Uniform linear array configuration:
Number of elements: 24
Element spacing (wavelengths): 0.25
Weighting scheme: exponential
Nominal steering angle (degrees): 45
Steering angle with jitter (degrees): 46.821
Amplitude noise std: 0.05
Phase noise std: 0.05

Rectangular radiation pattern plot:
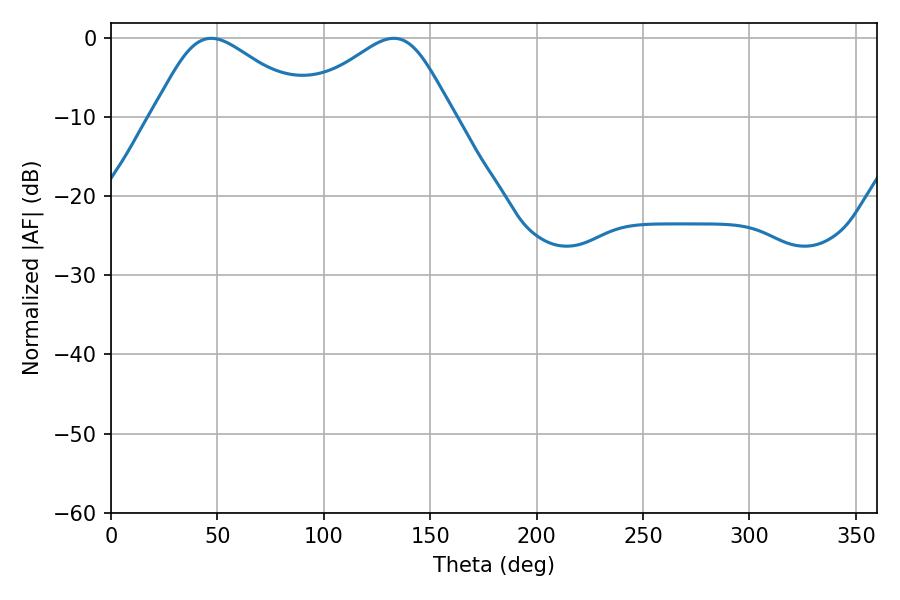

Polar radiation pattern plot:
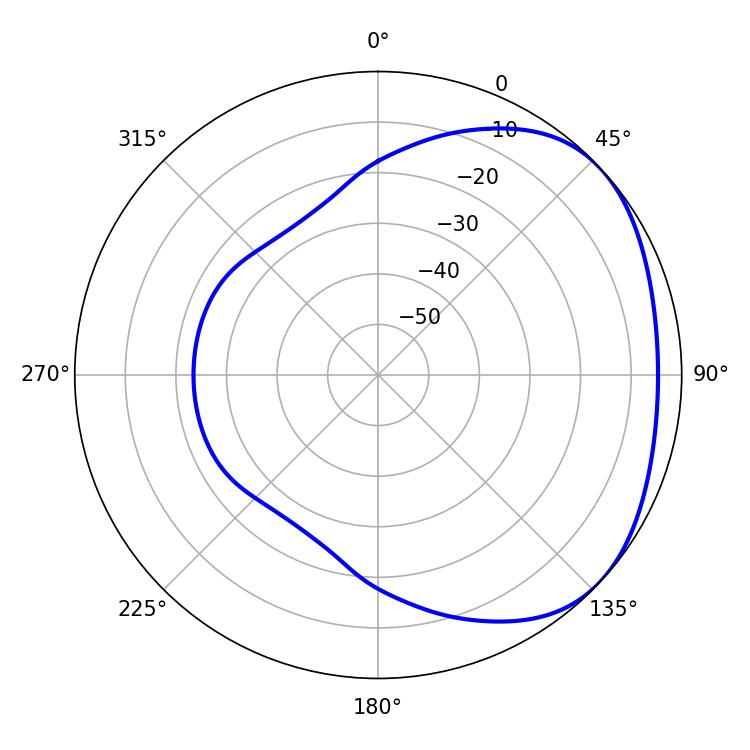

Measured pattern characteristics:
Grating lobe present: FALSE
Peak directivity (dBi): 2.577
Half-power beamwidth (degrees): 37.08
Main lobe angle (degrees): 47.16